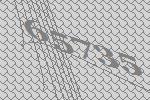
65735